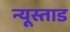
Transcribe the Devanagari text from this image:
न्यूस्ताड